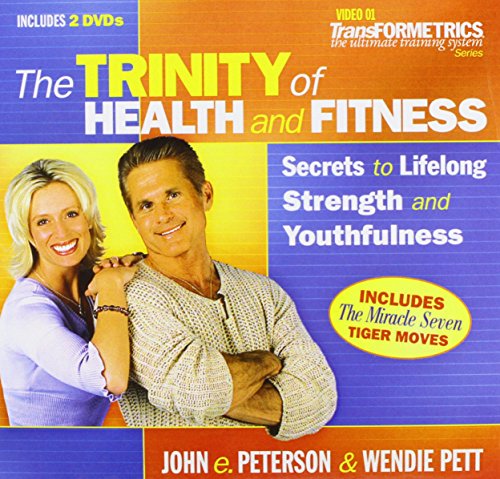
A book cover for Trinity Of Health And Fitness, The (Transformetrics the Ultimate Training System); John Peterson; Health, Fitness & Dieting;